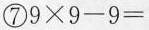
⑦ $$9 \times 9 - 9 =$$